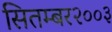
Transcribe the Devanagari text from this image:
सितम्बर२००३